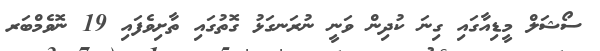
ސޯޝަލް މީޑިއާގައި ގިނަ ކުދިން ވަނީ ނުރަނގަޅު ގޮތުގައި ތާށިވެފައި 19 ނޮވެމްބަރ